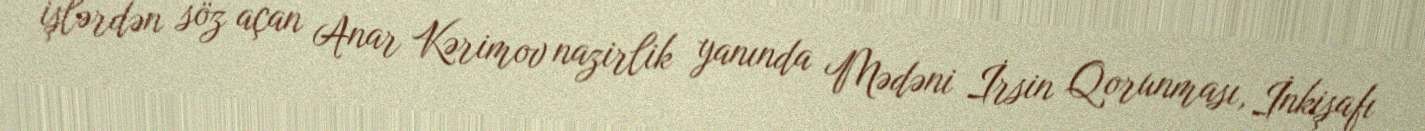
işlərdən söz açan Anar Kərimov nazirlik yanında Mədəni İrsin Qorunması, İnkişafı